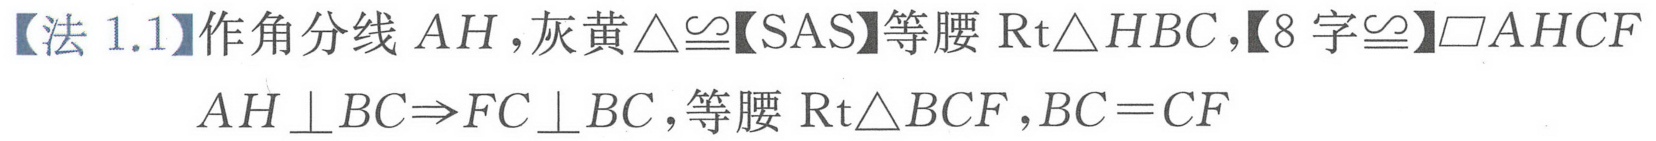
【法 1.1】作角分线 \(AH\)，灰黄\(\triangle\cong\)【SAS】等腰 \(\text{Rt}\triangle HBC\)，【8 字\(\cong\)】\(\square AHCF\)
\(AH\perp BC\Rightarrow FC\perp BC\)，等腰 \(\text{Rt}\triangle BCF\)，\(BC = CF\)